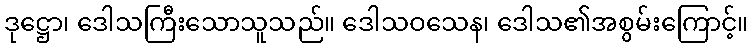
ဒုဋ္ဌော၊ ဒေါသကြီးသောသူသည်။ ဒေါသဝသေန၊ ဒေါသ၏အစွမ်းကြောင့်။